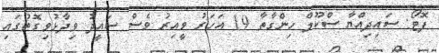
ފޮޓޯ: ސައިދިއްޔާ ސްކޫލް ހިންގާތާ 19 އަހަރު ވީއިރު ވެސް ސައީދު ވިދާޅުވިގޮތުގައި